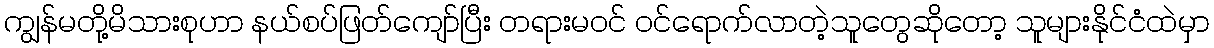
ကျွန်မတို့မိသားစုဟာ နယ်စပ်ဖြတ်ကျော်ပြီး တရားမဝင် ဝင်ရောက်လာတဲ့သူတွေဆိုတော့ သူများနိုင်ငံထဲမှာ